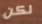
لكن